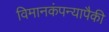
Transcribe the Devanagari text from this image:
विमानकंपन्यापैकी